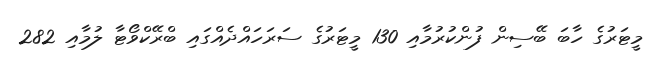
މީޓަރުގެ ހާބަ ބޭސިން ފުންކުރުމާއި 130 މީޓަރުގެ ސަރަހައްދެއްގައި ބްރޭކްވޯޓާ ލުމާއި 282